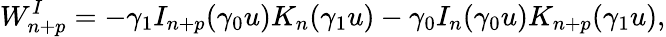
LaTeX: W_{n+p}^{I}=-\gamma_{1}I_{n+p}(\gamma_{0}u)K_{n}(\gamma_{1}u)-\gamma_{0}I_{n}(\gamma_{0}u)K_{n+p}(\gamma_{1}u),